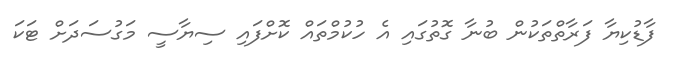
ފާޑުކިޔާ ފަރާތްތަކުން ބުނާ ގޮތުގައި އެ ހުކުމްތައް ކޮށްފައި ސިޔާސީ މަގުސަދަށް ޓަކަ